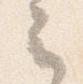
云